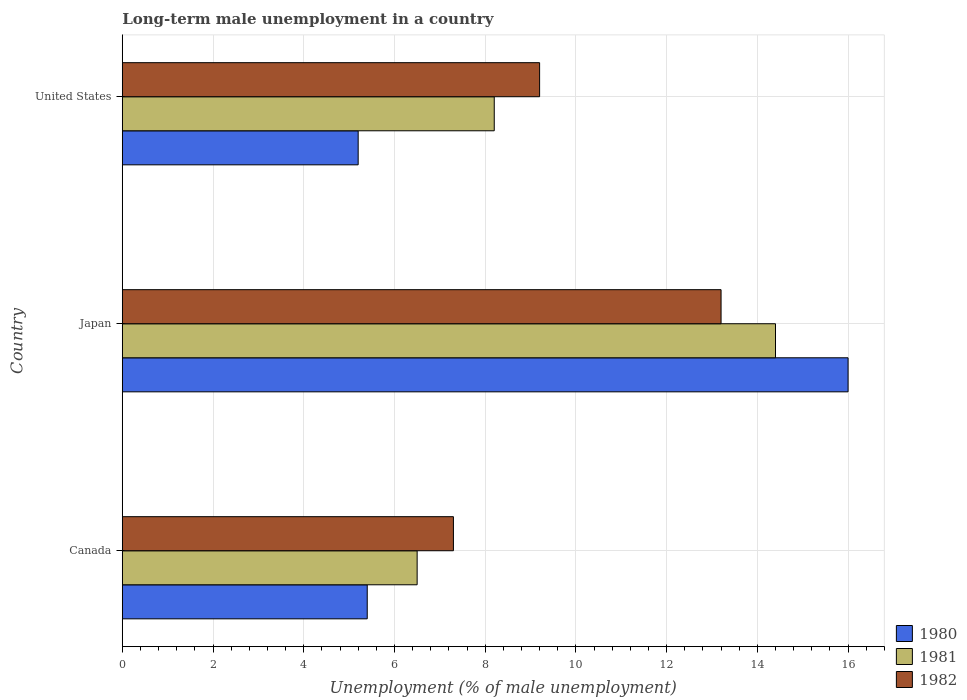
| Country | 1980 | 1981 | 1982 |
 | --- | --- | --- | --- |
 | Canada | 5.4 | 6.5 | 7.3 |
 | Japan | 16 | 14.4 | 13.2 |
 | United States | 5.2 | 8.2 | 9.2 |